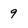
Character: 9